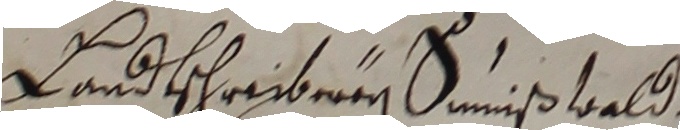
Landscheiber danpbeld.